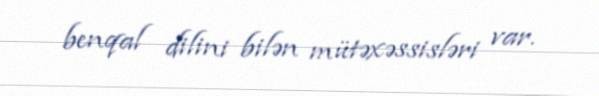
benqal dilini bilən mütəxəssisləri var.